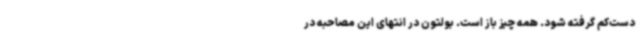
دست‌کم گرفته شود. همه چیز باز است. بولتون در انتهای این مصاحبه در